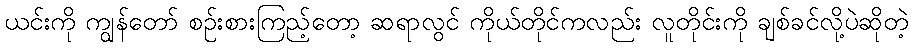
ယင်းကို ကျွန်တော် စဉ်းစားကြည့်တော့ ဆရာလွင် ကိုယ်တိုင်ကလည်း လူတိုင်းကို ချစ်ခင်လို့ပဲဆိုတဲ့